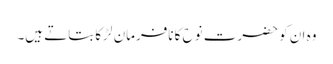
وہ ان کو حضرت نوح کا نافرمان لڑکا بتاتے ہیں۔